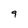
Character: 9